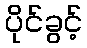
ပိုင်ခွင့်